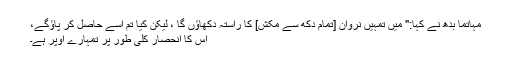
مہاتما بدھ نے کہا:" میں تمہیں نروان [تمام دکھ سے مکش] کا راستہ دکھاؤں گا ، لیکن کیا تم اسے حاصل کر پاؤگے،
اس کا انحصار کلی طور پر تمہارے اوپر ہے۔